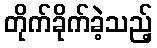
တိုက်ခိုက်ခဲ့သည့်